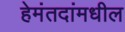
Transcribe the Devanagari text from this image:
हेमंतदांमधील